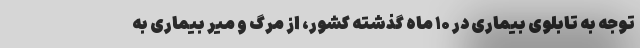
توجه به تابلوی بیماری در ۱۰ ماه گذشته کشور، از مرگ و میر بیماری به